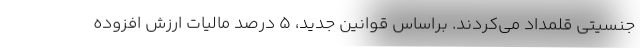
جنسیتی قلمداد می‌کردند. براساس قوانین جدید، 5 درصد مالیات ارزش افزوده